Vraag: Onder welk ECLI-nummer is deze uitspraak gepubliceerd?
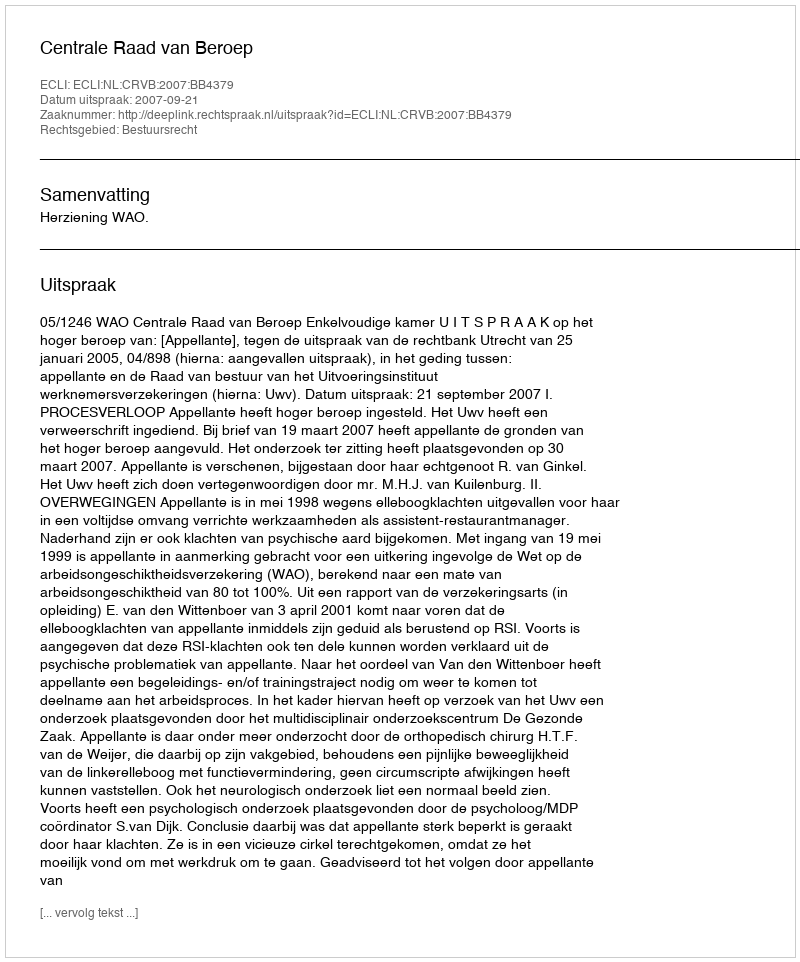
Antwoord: ECLI:NL:CRVB:2007:BB4379